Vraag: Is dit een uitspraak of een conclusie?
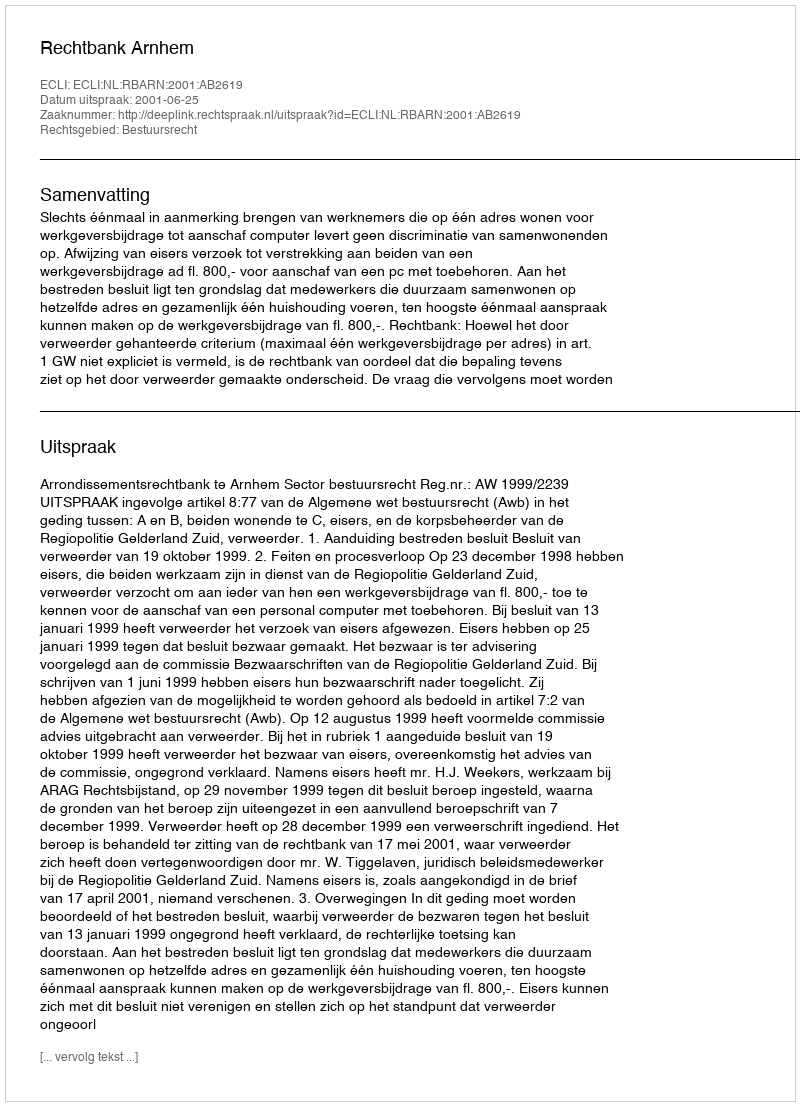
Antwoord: Uitspraak